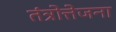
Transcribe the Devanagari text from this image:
तंत्रोत्तेजना